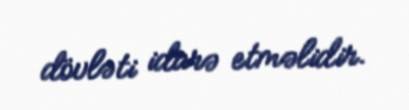
dövləti idarə etməlidir.